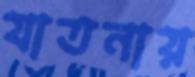
যাতনায়